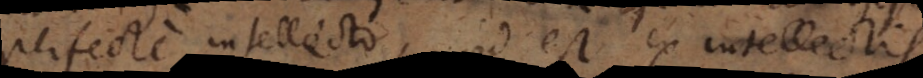
perfecte intellecto, id est ex intellectis